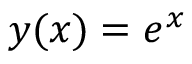
y ( x ) = e ^ { x }